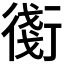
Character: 𧗸